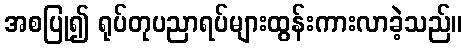
အစပြု၍ ရုပ်တုပညာရပ်များထွန်းကားလာခဲ့သည်။